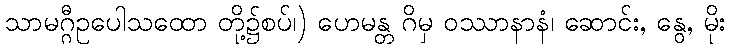
သာမဂ္ဂီဥပေါသထော တို့၌စပ်၊) ဟေမန္တ ဂိမှ ဝဿာနာနံ၊ ဆောင်း, နွေ, မိုး